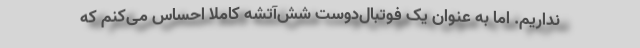
نداریم. اما به عنوان یک فوتبال‌دوست شش‌آتشه کاملا احساس می‌کنم که